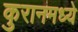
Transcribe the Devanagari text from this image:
कुरानमध्ये